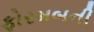
ફોરમબની